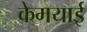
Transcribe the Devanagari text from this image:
केमयाई